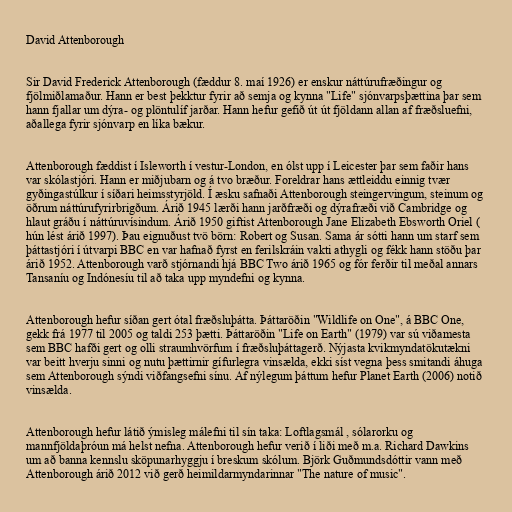
David Attenborough

Sir David Frederick Attenborough (fæddur 8. maí 1926) er enskur náttúrufræðingur og
fjölmiðlamaður. Hann er best þekktur fyrir að semja og kynna "Life" sjónvarpsþættina þar sem
hann fjallar um dýra- og plöntulíf jarðar. Hann hefur gefið út út fjöldann allan af fræðsluefni,
aðallega fyrir sjónvarp en líka bækur.

Attenborough fæddist í Isleworth í vestur-London, en ólst upp í Leicester þar sem faðir hans
var skólastjóri. Hann er miðjubarn og á tvo bræður. Foreldrar hans ættleiddu einnig tvær
gyðingastúlkur í síðari heimsstyrjöld. Í æsku safnaði Attenborough steingervingum, steinum og
öðrum náttúrufyrirbrigðum. Árið 1945 lærði hann jarðfræði og dýrafræði við Cambridge og
hlaut gráðu í náttúruvísindum. Árið 1950 giftist Attenborough Jane Elizabeth Ebsworth Oriel (
hún lést árið 1997). Þau eignuðust tvö börn: Robert og Susan. Sama ár sótti hann um starf sem
þáttastjóri í útvarpi BBC en var hafnað fyrst en ferilskráin vakti athygli og fékk hann stöðu þar
árið 1952. Attenborough varð stjórnandi hjá BBC Two árið 1965 og fór ferðir til meðal annars
Tansaníu og Indónesíu til að taka upp myndefni og kynna.

Attenborough hefur síðan gert ótal fræðsluþátta. Þáttaröðin "Wildlife on One", á BBC One,
gekk frá 1977 til 2005 og taldi 253 þætti. Þáttaröðin "Life on Earth" (1979) var sú viðamesta
sem BBC hafði gert og olli straumhvörfum í fræðsluþáttagerð. Nýjasta kvikmyndatökutækni
var beitt hverju sinni og nutu þættirnir gífurlegra vinsælda, ekki síst vegna þess smitandi áhuga
sem Attenborough sýndi viðfangsefni sínu. Af nýlegum þáttum hefur Planet Earth (2006) notið
vinsælda.

Attenborough hefur látið ýmisleg málefni til sín taka: Loftlagsmál , sólarorku og
mannfjöldaþróun má helst nefna. Attenborough hefur verið í liði með m.a. Richard Dawkins
um að banna kennslu sköpunarhyggju í breskum skólum. Björk Guðmundsdóttir vann með
Attenborough árið 2012 við gerð heimildarmyndarinnar "The nature of music".